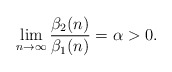
\begin{align*}\lim_{n\to\infty}\dfrac{\beta_2(n)}{\beta_1(n)}=\alpha>0.\end{align*}